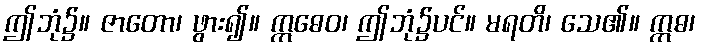
ဤဘုံ၌။ ဇာတော၊ ဖွား၍။ ဣဓေဝ၊ ဤဘုံ၌ပင်။ မရတိ၊ သေ၏။ ဣဓ၊